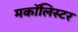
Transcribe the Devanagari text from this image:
मकॉलिस्टर